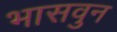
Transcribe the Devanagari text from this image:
भासवुन